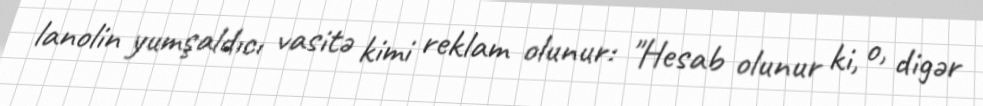
lanolin yumşaldıcı vasitə kimi reklam olunur: "Hesab olunur ki, o, digər